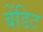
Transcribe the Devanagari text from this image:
बेंडिट